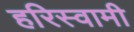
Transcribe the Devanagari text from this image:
हरिस्वामी